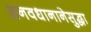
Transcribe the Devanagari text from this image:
अनवधानानेसुद्धा